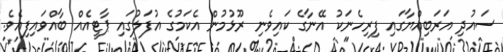
ސައުދި އަރަބިއްޔާގައި ފިރިހެނަކު އޭނާގެ ކައިވެނި ރޫޅުމުން އެކަމުގެ އުފަލުގައި ޕާޓީއެއް ބާއްވައިފިއެވެ.